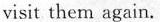
visit them again.